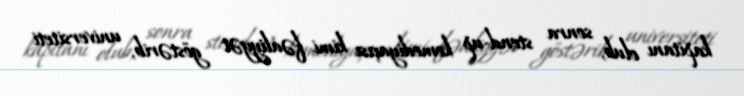
kapitanı olub, sonra stend-up komediyaçısı kimi fəaliyyət göstərib, universiteti